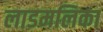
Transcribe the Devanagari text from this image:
लाडमलिका